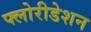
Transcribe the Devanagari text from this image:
फ्लोरीडेशन